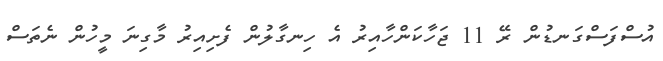
އުސްފަސްގަނޑުން ރޭ 11 ޖަހާކަންހާއިރު އެ ހިނގާލުން ފެށިއިރު މާގިނަ މީހުން ނެތަސް